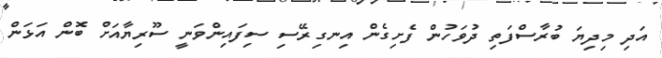
އަދި މިދިޔަ ބުރާސްފަތި ދުވަހުން ފެށިގެން އިނގިރޭސި ސިފައިންވަނީ ސޫރިޔާއަށް ބޮން އަޅަން